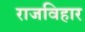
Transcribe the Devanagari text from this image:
राजविहार